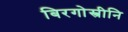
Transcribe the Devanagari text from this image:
बिरगोस्त्रीनि